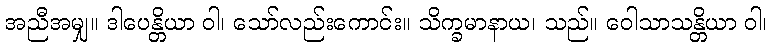
အညီအမျှ။ ဒါပေန္တိယာ ဝါ၊ သော်လည်းကောင်း။ သိက္ခမာနာယ၊ သည်။ ဝေါသာသန္တိယာ ဝါ၊